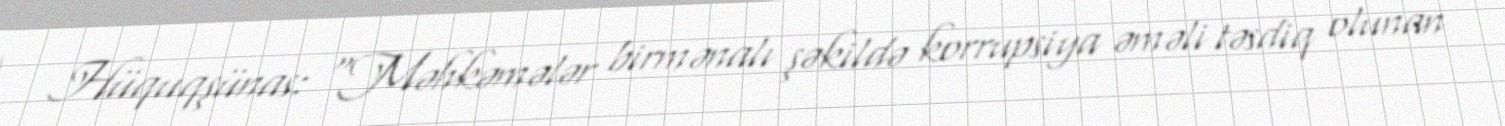
Hüquqşünas: “Məhkəmələr birmənalı şəkildə korrupsiya əməli təsdiq olunan